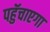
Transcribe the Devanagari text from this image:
पहुॅचाएगा